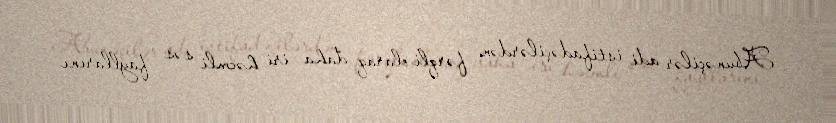
Abunəçilər adi istifadəçilərdən fərqli olaraq daha iri həcmli səs fayllarını